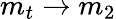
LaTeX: m_{t}\rightarrow m_{2}